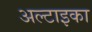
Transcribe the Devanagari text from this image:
अल्टाइका